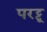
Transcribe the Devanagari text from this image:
परट्टू